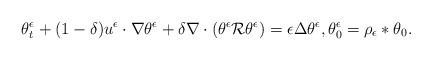
LaTeX: \begin{align*}\theta^\epsilon_{t} +(1-\delta)u^\epsilon\cdot\nabla\theta^\epsilon + \delta \nabla\cdot(\theta^\epsilon \mathcal{R}\theta^\epsilon)=\epsilon\Delta \theta^\epsilon,\theta^\epsilon_{0}=\rho_\epsilon \ast \theta_0.\end{align*}